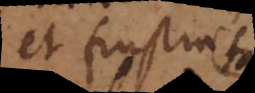
et frustra